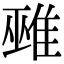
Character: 𨿏